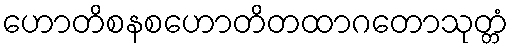
ဟောတိစနစဟောတိတထာဂတောသုတ္တံ